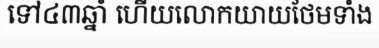
ទៅ៤៣ឆ្នាំ ហើយលោកយាយថែមទាំង